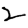
Digit: 2